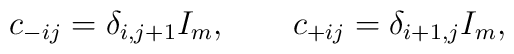
c_{-ij} = \delta_{i, j+1} I_m, \qquad c_{+ij} = \delta_{i+1,j} I_m,